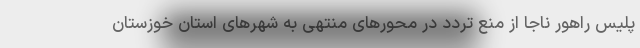
پلیس راهور ناجا از منع تردد در محورهای منتهی به شهرهای استان خوزستان